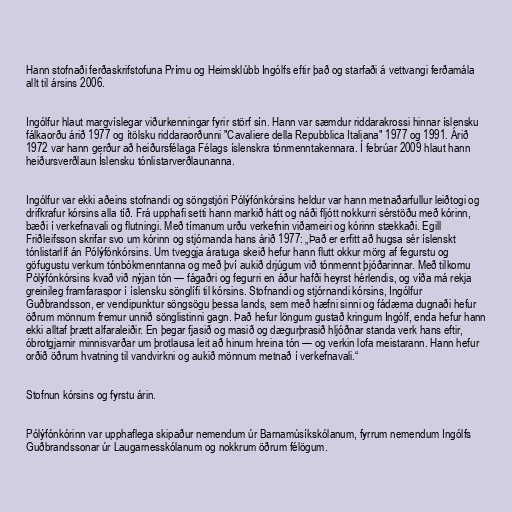
Hann stofnaði ferðaskrifstofuna Prímu og Heimsklúbb Ingólfs eftir það og starfaði á vettvangi ferðamála
allt til ársins 2006.

Ingólfur hlaut margvíslegar viðurkenningar fyrir störf sín. Hann var sæmdur riddarakrossi hinnar íslensku
fálkaorðu árið 1977 og ítölsku riddaraorðunni "Cavaliere della Repubblica Italiana" 1977 og 1991. Árið
1972 var hann gerður að heiðursfélaga Félags íslenskra tónmenntakennara. Í febrúar 2009 hlaut hann
heiðursverðlaun Íslensku tónlistarverðlaunanna.

Ingólfur var ekki aðeins stofnandi og söngstjóri Pólýfónkórsins heldur var hann metnaðarfullur leiðtogi og
drifkrafur kórsins alla tíð. Frá upphafi setti hann markið hátt og náði fljótt nokkurri sérstöðu með kórinn,
bæði í verkefnavali og flutningi. Með tímanum urðu verkefnin viðameiri og kórinn stækkaði. Egill
Friðleifsson skrifar svo um kórinn og stjórnanda hans árið 1977: „Það er erfitt að hugsa sér íslenskt
tónlistarlíf án Pólýfónkórsins. Um tveggja áratuga skeið hefur hann flutt okkur mörg af fegurstu og
göfugustu verkum tónbókmenntanna og með því aukið drjúgum við tónmennt þjóðarinnar. Með tilkomu
Pólýfónkórsins kvað við nýjan tón — fágaðri og fegurri en áður hafði heyrst hérlendis, og víða má rekja
greinileg framfaraspor í íslensku sönglífi til kórsins. Stofnandi og stjórnandi kórsins, Ingólfur
Guðbrandsson, er vendipunktur söngsögu þessa lands, sem með hæfni sinni og fádæma dugnaði hefur
öðrum mönnum fremur unnið sönglistinni gagn. Það hefur löngum gustað kringum Ingólf, enda hefur hann
ekki alltaf þrætt alfaraleiðir. En þegar fjasið og masið og dægurþrasið hljóðnar standa verk hans eftir,
óbrotgjarnir minnisvarðar um þrotlausa leit að hinum hreina tón — og verkin lofa meistarann. Hann hefur
orðið öðrum hvatning til vandvirkni og aukið mönnum metnað í verkefnavali.“

Stofnun kórsins og fyrstu árin.

Pólýfónkórinn var upphaflega skipaður nemendum úr Barnamúsíkskólanum, fyrrum nemendum Ingólfs
Guðbrandssonar úr Laugarnesskólanum og nokkrum öðrum félögum.